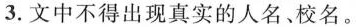
3.文中不得出现真实的人名校名。